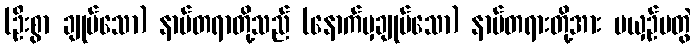
(ဦးစွာ ချုပ်သော) နာမ်တရာတို့သည် (နောက်မှချုပ်သော) နာမ်တရားတို့အား မယှဉ်မတွဲ